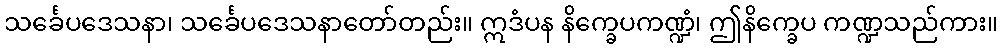
သင်္ခေပဒေသနာ၊ သင်္ခေပဒေသနာတော်တည်း။ ဣဒံပန နိက္ခေပကဏ္ဍံ၊ ဤနိက္ခေပ ကဏ္ဍသည်ကား။